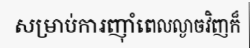
សម្រាប់ការញ៉ាំពេលល្ងាចវិញក៏